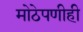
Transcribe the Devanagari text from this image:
मोठेपणीही